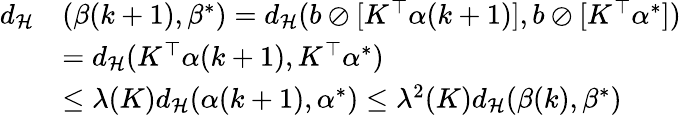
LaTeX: \begin{array}{rl}{{d_{\mathcal H}}}&{(\beta(k+1),\beta^{*})={d_{\mathcal H}}(b\oslash[K^{\top}\alpha(k+1)],b\oslash[K^{\top}\alpha^{*}])}\\ &{={d_{\mathcal H}}(K^{\top}\alpha(k+1),K^{\top}\alpha^{*})}\\ &{\le\lambda(K){d_{\mathcal H}}(\alpha(k+1),\alpha^{*})\le\lambda^{2}(K){d_{\mathcal H}}(\beta(k),\beta^{*})}\end{array}